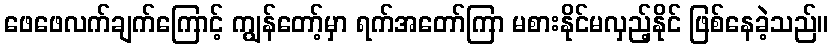
ဖေဖေလက်ချက်ကြောင့် ကျွန်တော့်မှာ ရက်အတော်ကြာ မစားနိုင်မလှည့်နိုင် ဖြစ်နေခဲ့သည်။